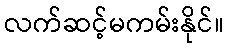
လက်ဆင့်မကမ်းနိုင်။